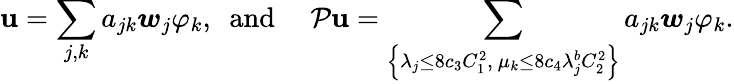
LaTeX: \boldsymbol{\mathbf{u}}=\sum_{j,k}a_{jk}\boldsymbol{w}_{j}\varphi_{k},\ \mathrm{{~and~}}\quad\mathcal{{P}}\boldsymbol{\mathbf{u}}=\sum_{\left\{ \lambda_{j}\leq8c_{3}C_{1}^{2},\ \mu_{k}\leq8c_{4}\lambda_{j}^{b}C_{2}^{2}\right\} }a_{jk}\boldsymbol{w}_{j}\varphi_{k}.